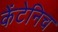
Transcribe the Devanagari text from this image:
केंटेनिच